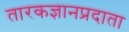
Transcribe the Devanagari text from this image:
तारकज्ञानप्रदाता